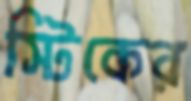
স্টিকের